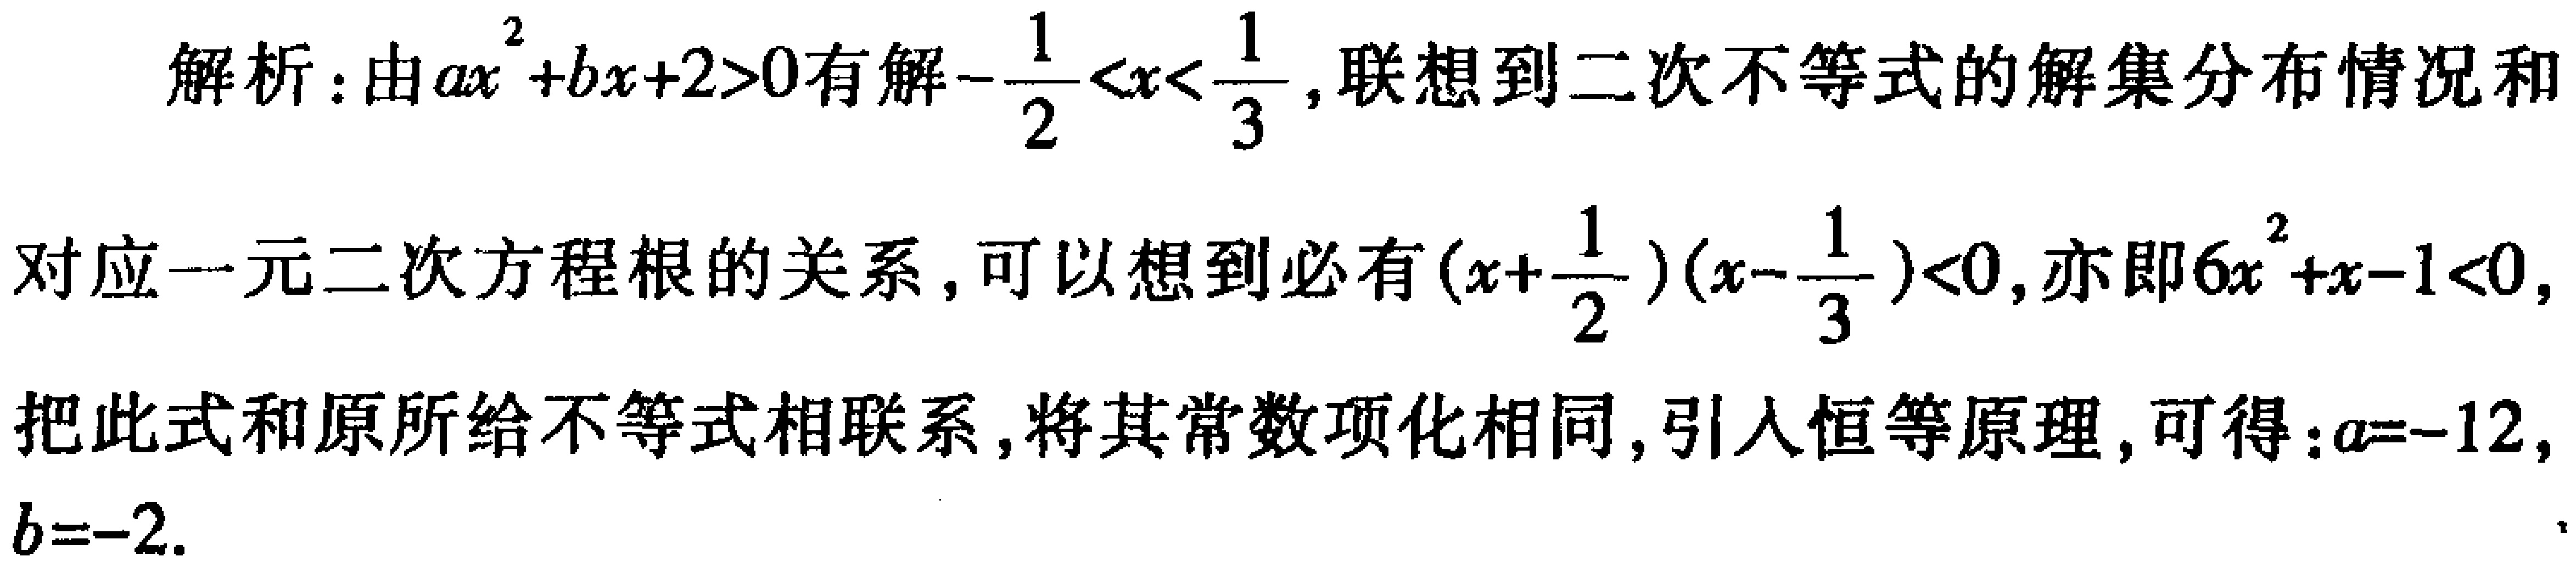
解析：由\(ax^{2}+bx + 2>0\)有解\(-\frac{1}{2}<x<\frac{1}{3}\)，联想到二次不等式的解集分布情况和
对应一元二次方程根的关系，可以想到必有\((x + \frac{1}{2})(x - \frac{1}{3})<0\)，亦即\(6x^{2}+x - 1<0\)，
把此式和原所给不等式相联系，将其常数项化相同，引入恒等原理，可得：\(a = - 12\)，
\(b = - 2\).